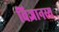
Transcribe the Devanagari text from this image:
विज्ञानस्य